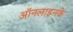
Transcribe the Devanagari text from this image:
ऑनलाइनके